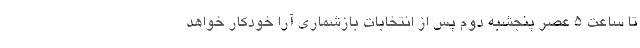
تا ساعت 5 عصر پنجشبه دوم پس از انتخابات بازشماری آرا خودکار خواهد